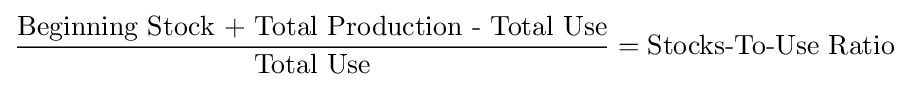
{\frac {\text{Beginning Stock + Total Production - Total Use}}{\text{Total Use}}}={\text{Stocks-To-Use Ratio}}